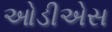
ઓડીએસ